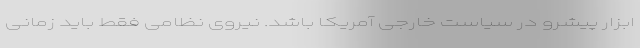
ابزار پیشرو در سیاست خارجی آمریکا باشد. نیروی نظامی فقط باید زمانی